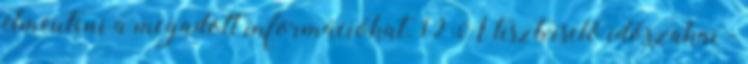
elmenteni a megadott információkat. 19 A tisztviselő időszakai -